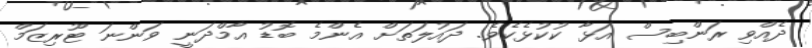
ދެއްވި ރަންބިސް އަޅާ ކުކުޅެކެވެ. ދައުލަތަށް އެންމެ ބޮޑު އާމްދަނީ ވަންނަ ޓޫރިޒަމް